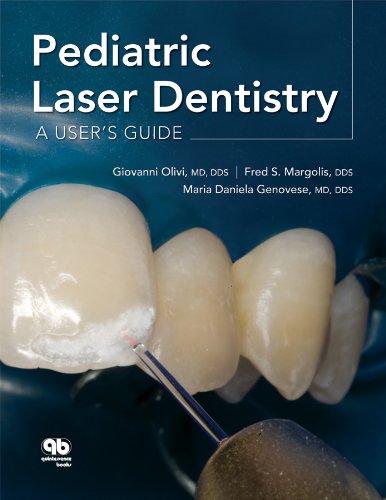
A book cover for Pediatric Laser Dentistry: A User's Guide; Giovanni Olivi; Medical Books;